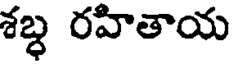
శబ్ధ రహితాయ